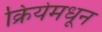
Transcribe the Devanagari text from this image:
क्रियेमधून